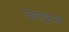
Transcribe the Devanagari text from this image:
डेहराडूनची